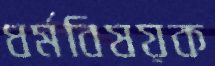
ধর্মবিষয়ক